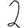
Digit: 2